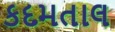
કદમતાલ